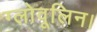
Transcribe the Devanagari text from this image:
ग्लोवूलिन।